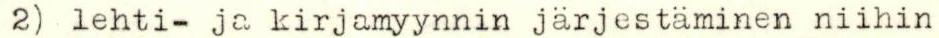
2) lehti- ja kirjamyynnin järjestäminen niihin